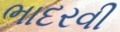
ભાદરવી